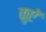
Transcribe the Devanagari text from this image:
कुएॅ